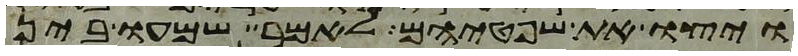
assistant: ויצו את שפטיהם לאמר שמעו בין